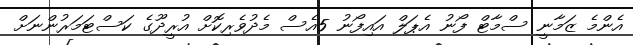
އެންމެ ޒަމާނީ ސްމާޓް ފޯނު އެޕަލް އައިފޯނު 5އެސް މެދުވެރިކޮށް އުރީދޫގެ ކަސްޓަމަރުންނަށް